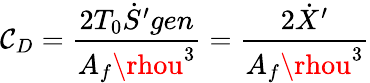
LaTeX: \mathcal{C}_{D}={\frac{{2T_{0}{\dot{{S}}}^{\prime}gen}}{{A_{f}\rhou^{3}}}}={\frac{{2{\dot{{X}}}^{\prime}}}{{A_{f}\rhou^{3}}}}